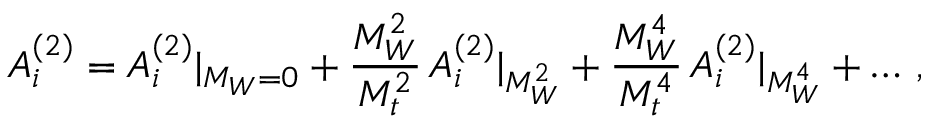
A _ { i } ^ { ( 2 ) } = A _ { i } ^ { ( 2 ) } | _ { M _ { W } = 0 } + { \frac { M _ { W } ^ { 2 } } { M _ { t } ^ { 2 } } } \, A _ { i } ^ { ( 2 ) } | _ { M _ { W } ^ { 2 } } + { \frac { M _ { W } ^ { 4 } } { M _ { t } ^ { 4 } } } \, A _ { i } ^ { ( 2 ) } | _ { M _ { W } ^ { 4 } } + \ldots \, ,